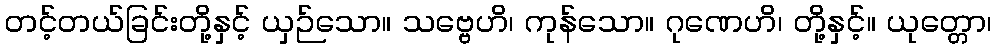
တင့်တယ်ခြင်းတို့နှင့် ယှဉ်သော။ သဗ္ဗေဟိ၊ ကုန်သော။ ဂုဏေဟိ၊ တို့နှင့်။ ယုတ္တော၊